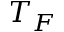
T _ { F }